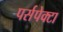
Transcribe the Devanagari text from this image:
पर्सपेक्टा